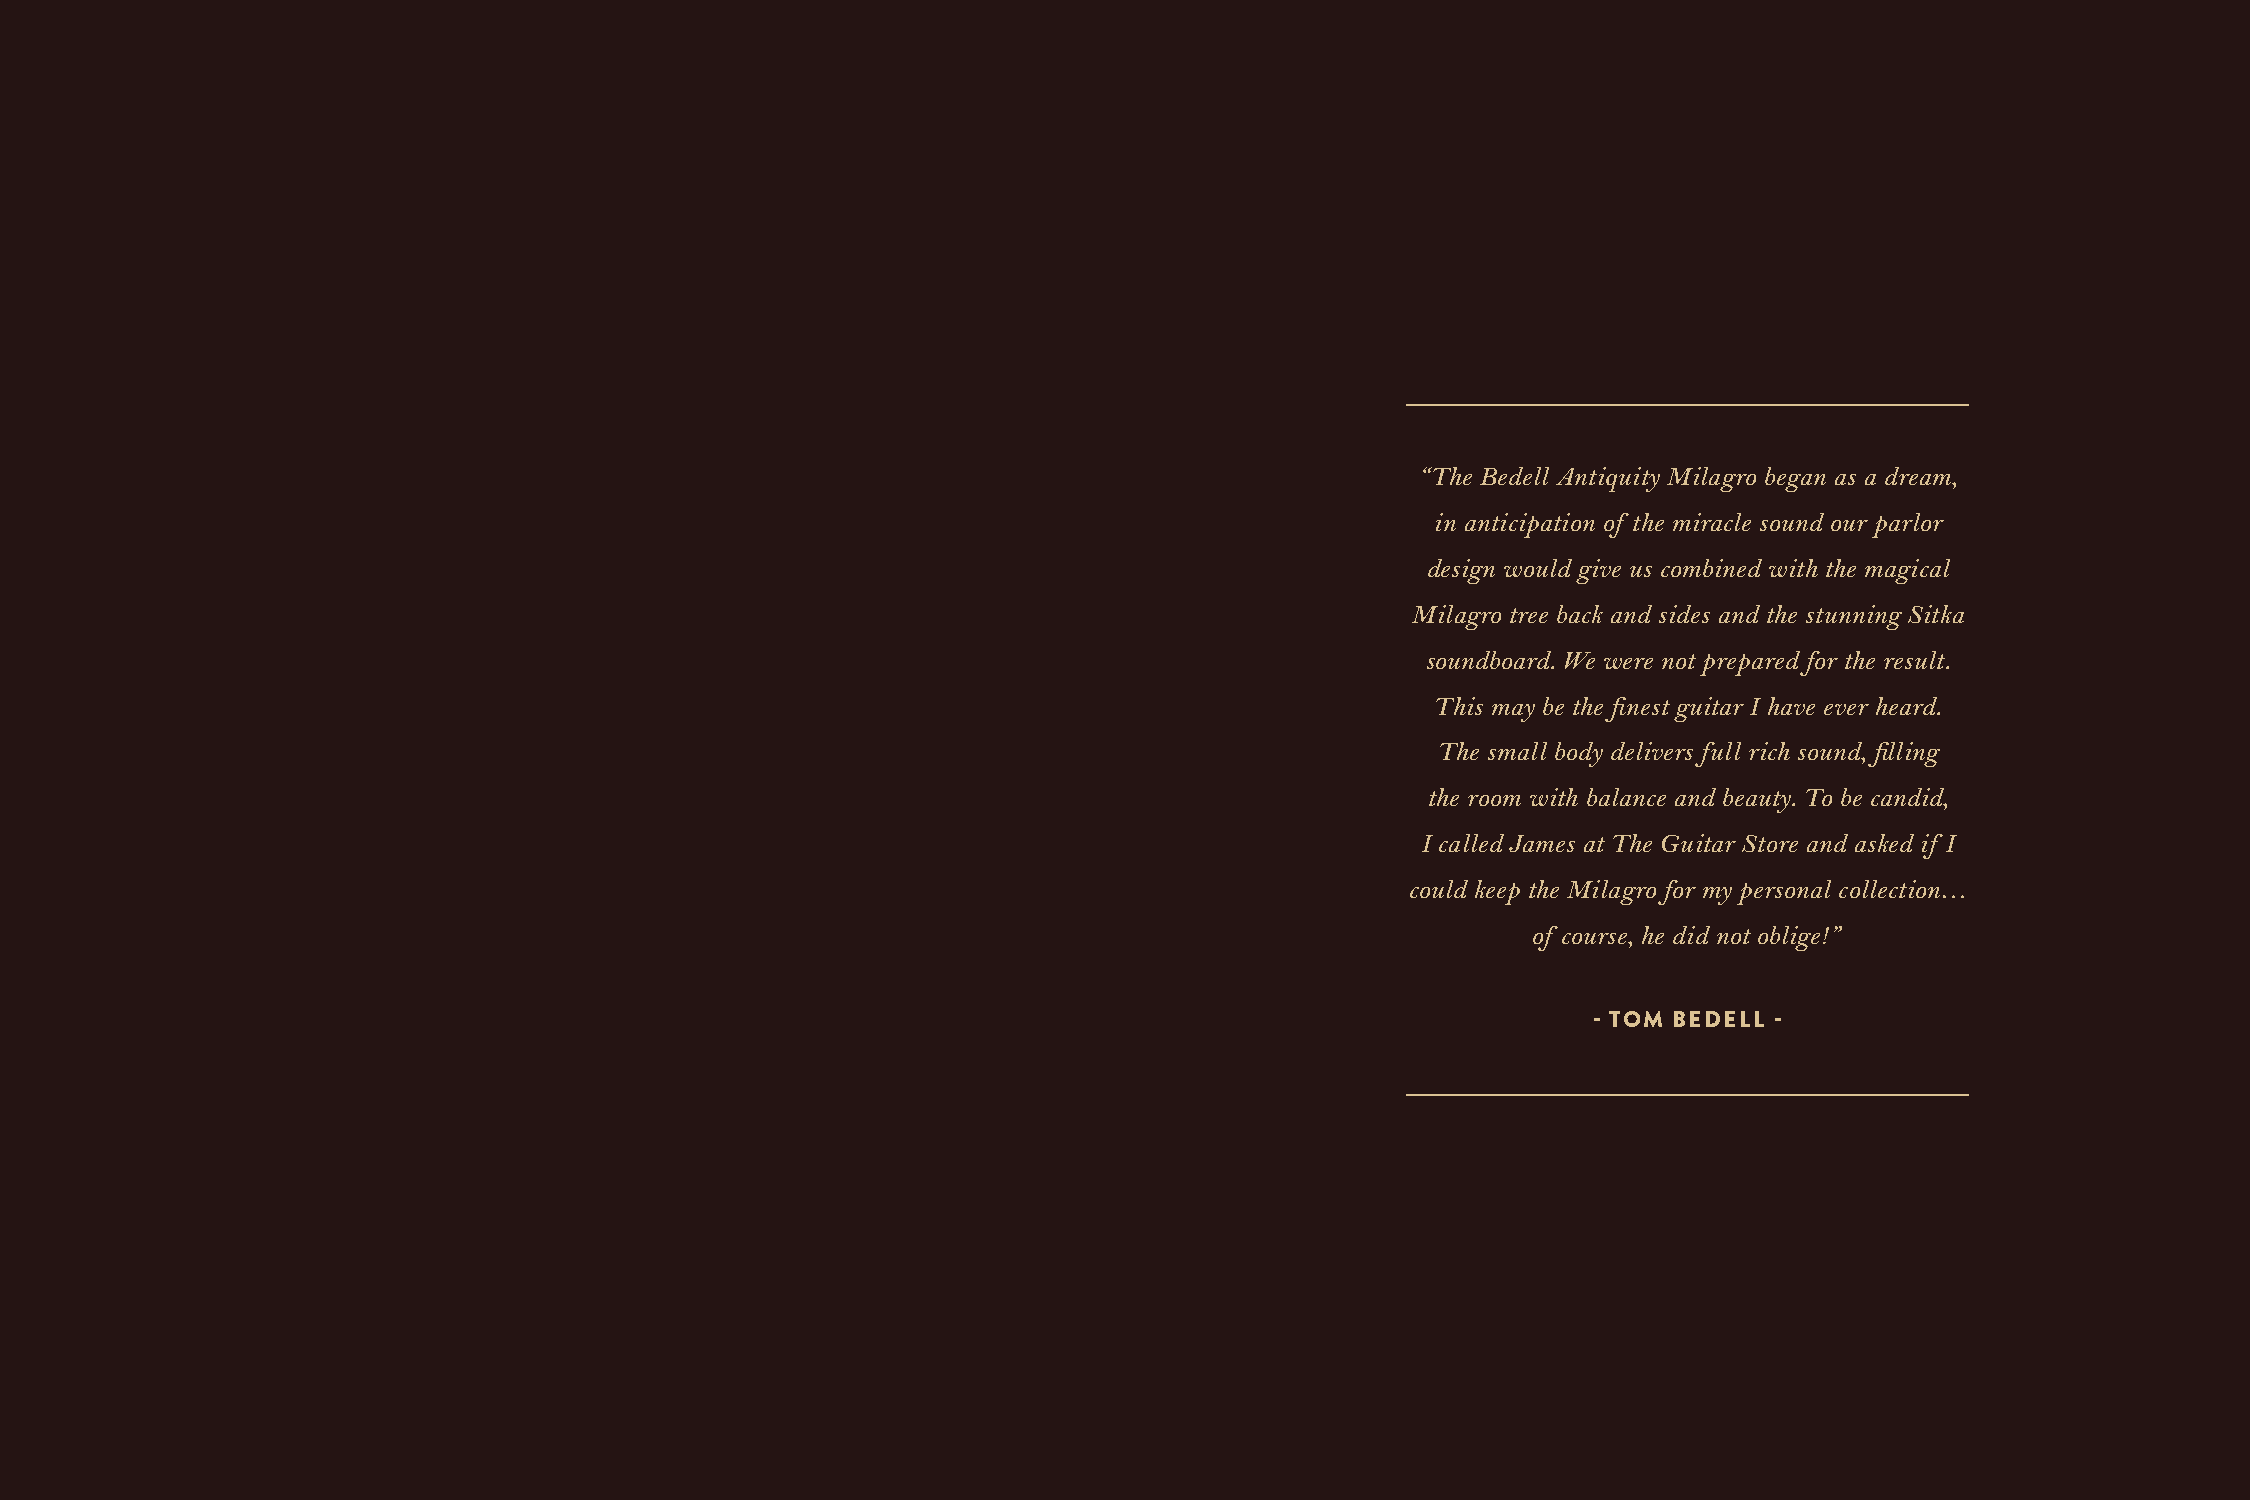
“The Bedell Antiquity Milagro began as a dream,
 in anticipation of the miracle sound our parlor
 design would give us combined with the magical
 Milagro tree back and sides and the stunning Sitka
 soundboard. We were not prepared for the result.
 This may be the finest guitar I have ever heard.
 The small body delivers full rich sound, filling
 the room with balance and beauty. To be candid,
 I called James at The Guitar Store and asked if I
 could keep the Milagro for my personal collection…
 of course, he did not oblige!”
 - TOM BEDELL -